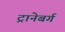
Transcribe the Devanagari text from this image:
ट्रानेबर्ग